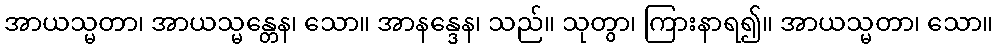
အာယသ္မတာ၊ အာယသ္မန္တေန၊ သော။ အာနန္ဒေန၊ သည်။ သုတွာ၊ ကြားနာရ၍။ အာယသ္မတာ၊ သော။